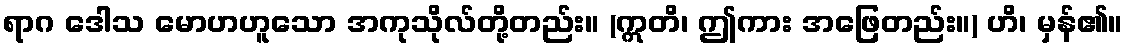
ရာဂ ဒေါသ မောဟဟူသော အကုသိုလ်တို့တည်း။ (ဣတိ၊ ဤကား အဖြေတည်း။) ဟိ၊ မှန်၏။